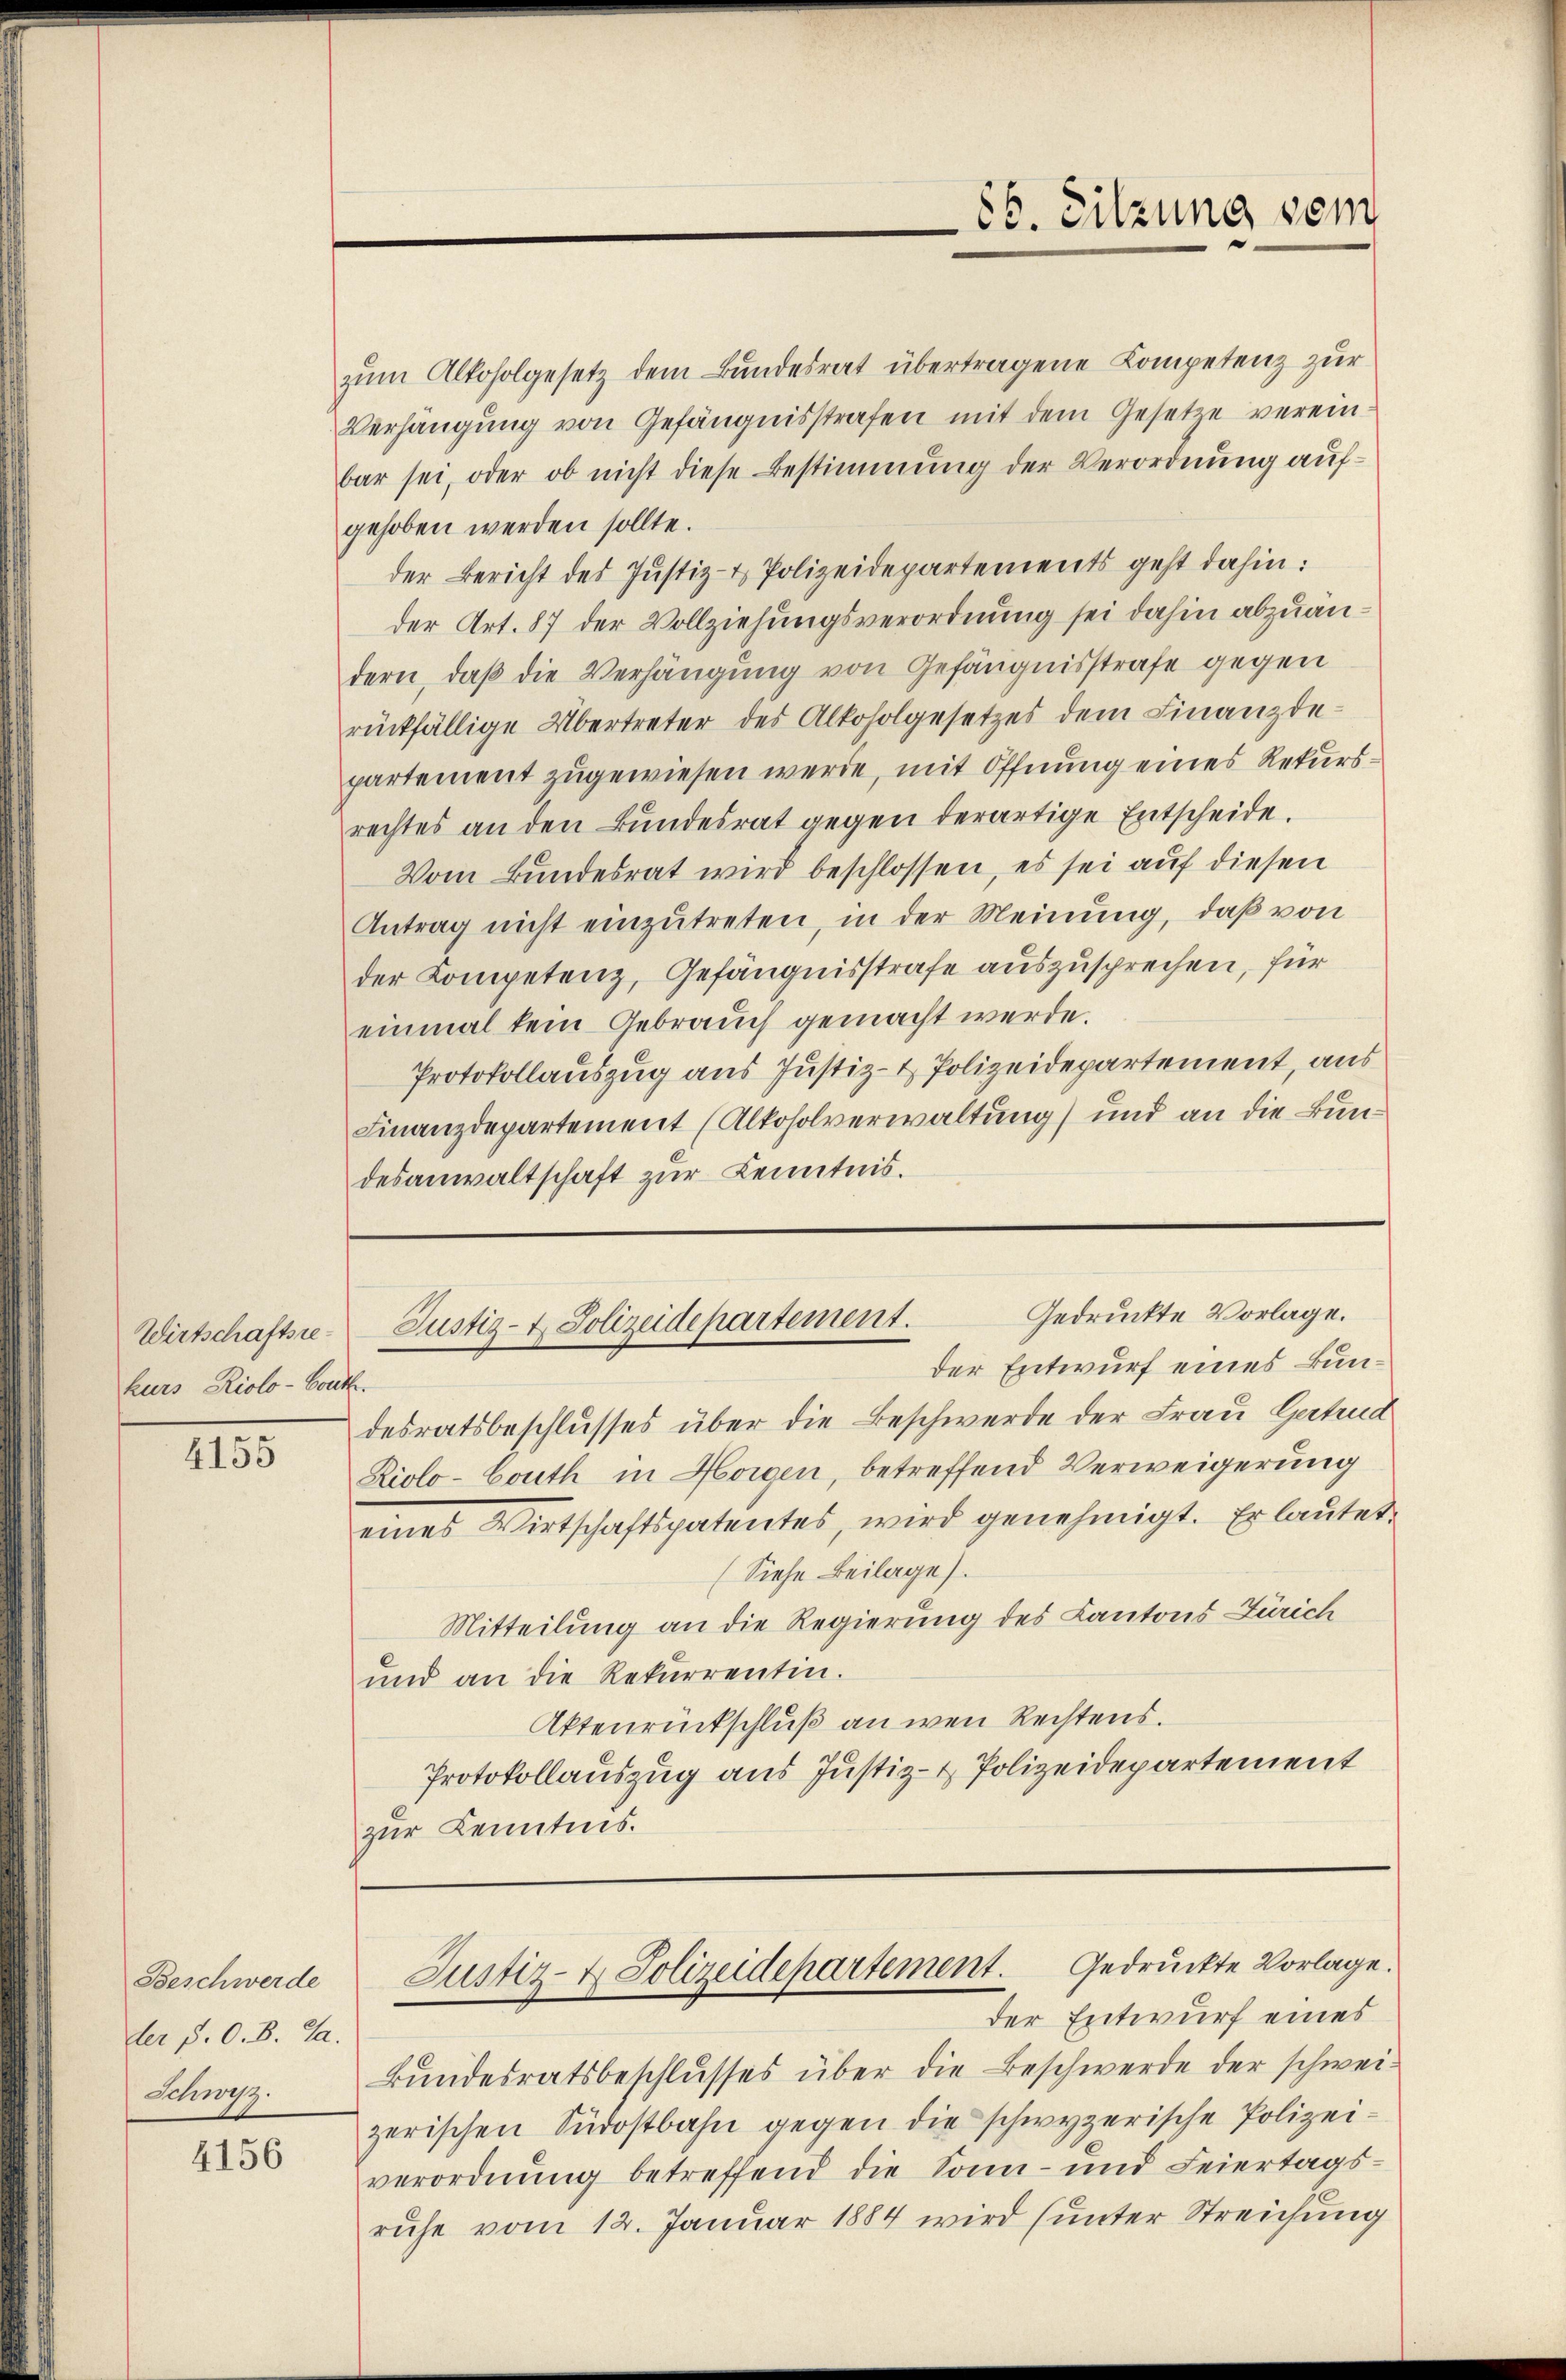
Wirtschaftsrehurs Riolo-Bouth.

4155

Beschwerde
der P. O. B. Sa
Schwyz.

4156

zŭm Alkoholgesetz dem Bundesrat übertragene Kompetenz zur
Verhängung von Gefängnisstrafen mit dem Gesetze vereinbar sei, oder ob nicht diese Bestimmung der Verordnung aufgehoben werden sollte.
der Bericht des Justiz- & Polizeidepartements geht dahin:
der Art. 87 der Vollziehungsverordnung sei dahin abzuändern, daß die Verhängung von Gefängnisstrafe gegen
rückfällige Übertreter des Alkoholgesetzes dem Finanzdepartement zugewiesen werde, mit Öffnung eines Rekursrechtes an den Bundesrat gegen derartige Entscheide.
Vom Bundesrat wird beschlossen, es sei auf diesen
Antrag nicht einzŭtreten, in der Meinung, daß von
der Kompetenz, Gefängnisstrafe auszusprechen, für
einmal kein Gebrauch gemacht werde.
Protokollauszug aus Justiz- & Polizeidepartement, aus
Finanzdepartement (Alkoholverwaltung) und an die Bundesanwaltschaft zur Kenntnis.

desratsbeschlusses über die Beschwerde der Frau Gertrud
Riolo-Couth in Horgen, betreffend Verweigerung
eines Wirtschaftspatentes, wird genehmigt. Er lautet.
(Siehe Beilage).
Mitteilung an die Regierung des Kantons Zürich
und an die Rekurrentin.
Aktenrückschluß an wen Rechtens.
Protokollauszug aus Justiz- & Polizeidepartement
zur Kenntnis.

85. Sitzung sein

Gedruckte Vorlage.
Justiz- & Polizeidepartement.
der Entwurf eines Bun¬

der Entwurf eines
Bundesratsbeschlusses über die Beschwerde der schweizerischen Südostbahn gegen die schwyzerische Polizeiverordnung betreffend die Sonn- und Feiertags-
ruhe vom 12. Januar 1884 wird (unter Streichung

Justiz- & Polizeidepartement. Gedruckte Vorlage.